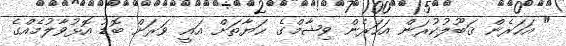
" އަހަރެން ޤަބޫލުކުރަން އަހަރެން ވިޝާމްގެ ޙަޔާތަށް އައީ ވަރަށް ބޮޑު އޮޅުވާލުމެއްގެ